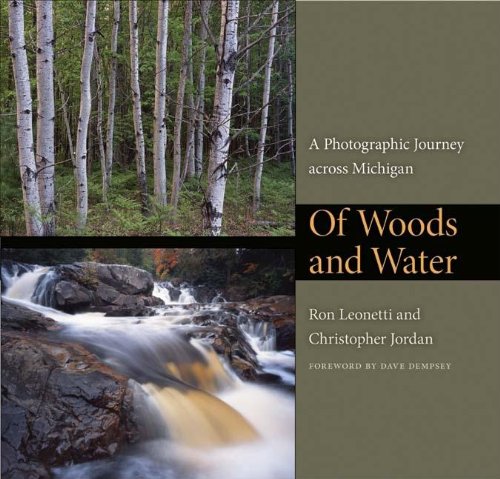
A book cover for Of Woods and Water: A Photographic Journey across Michigan (Quarry Books); Ron Leonetti; Travel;